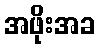
အဖိုးအခ